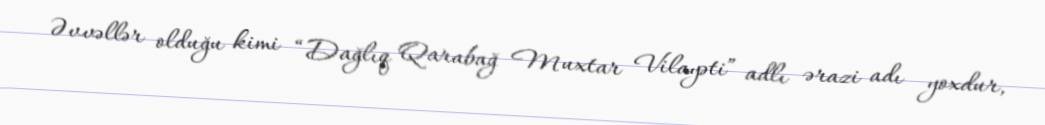
Əvvəllər olduğu kimi “Dağlıq Qarabağ Muxtar Vilayəti” adlı ərazi adı yoxdur,